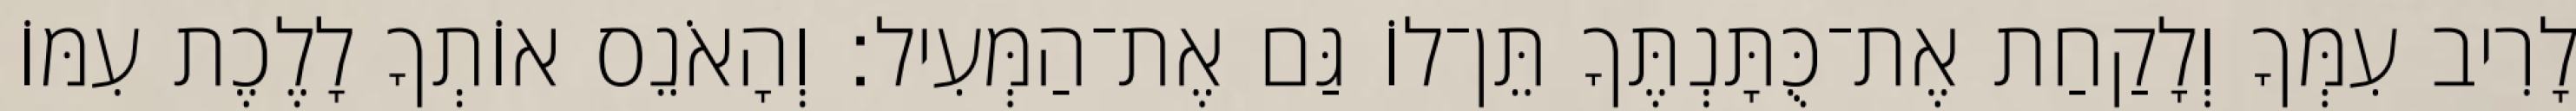
לָרִיב עִמְּךָ וְלָקַחַת אֶת־כֻּתָּנְתֶּךָ תֵּן־לוֹ גַּם אֶת־הַמְּעִיל׃ וְהָאֹנֵס אוֹתְךָ לָלֶכֶת עִמּוֹ